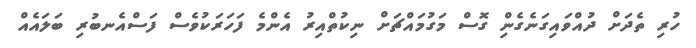
ހުރި ތެދަށް ދުއްވައިގަނެގެންި ގޮސް މަގުމައްޗަށް ނިކުތްއިރު އެންމެ ފަހަރަކުވެސް ފަސްއެނބުރި ބަލައެއް